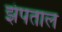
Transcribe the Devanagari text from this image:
झंपताल